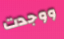
ووجدت